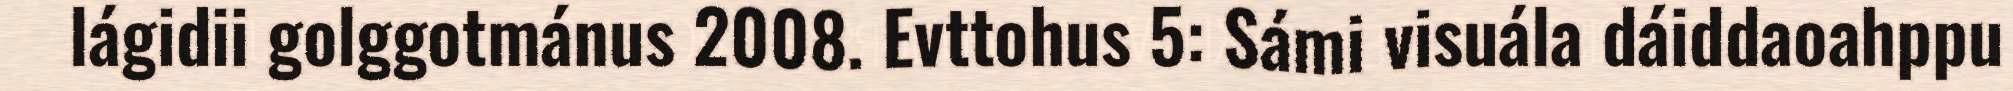
lágidii golggotmánus 2008. Evttohus 5: Sámi visuála dáiddaoahppu